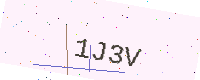
Text: 1J3V